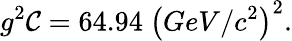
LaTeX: g^{2}\mathcal{C}=64.94\ \left(GeV/c^{2}\right)^{2}.